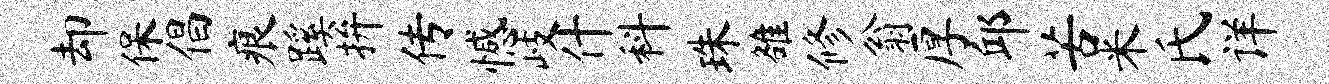
却保倡痕蹊拚传憾岐什科珠雒修翁厚邱苦米氏详